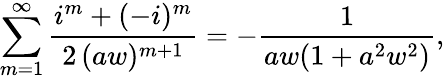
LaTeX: \sum_{m=1}^{\infty}\frac{i^{m}+(-i)^{m}}{2\, (aw)^{m+1}}=-\frac{1}{aw(1+a^{2}w^{2})},